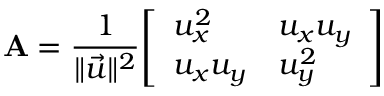
\mathbf { A } = { \frac { 1 } { \lVert { \vec { u } } \rVert ^ { 2 } } } { \left[ \begin{array} { l l } { u _ { x } ^ { 2 } } & { u _ { x } u _ { y } } \\ { u _ { x } u _ { y } } & { u _ { y } ^ { 2 } } \end{array} \right] }